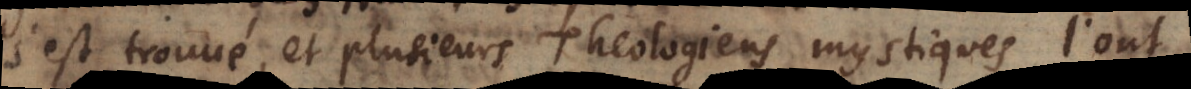
s’est trouvé, et plusieurs Theologiens mystiques l’ont